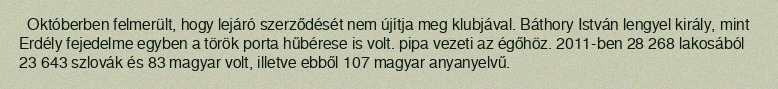
Októberben felmerült, hogy lejáró szerződését nem újítja meg klubjával. Báthory István lengyel király, mint Erdély fejedelme egyben a török porta hűbérese is volt. pipa vezeti az égőhöz. 2011-ben 28 268 lakosából 23 643 szlovák és 83 magyar volt, illetve ebből 107 magyar anyanyelvű.